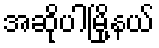
အဆိုပါမြို့နယ်